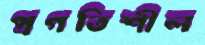
প্রগতিশীল